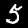
Digit: 5